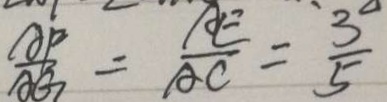
\frac { A F } { A G } = \frac { A E } { A C } = \frac { 3 } { 5 }